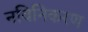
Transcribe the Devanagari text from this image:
नविनिकरण